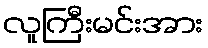
လူကြီးမင်းအား